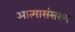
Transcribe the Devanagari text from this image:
आत्मासंसरण